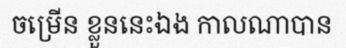
ចម្រើន ខ្លួននេះឯង កាលណាបាន